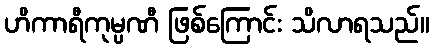
ဟိကာရီကုမ္ပဏီ ဖြစ်ကြောင်း သိလာရသည်။